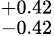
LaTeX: ^{+0.42}_{-0.42}